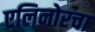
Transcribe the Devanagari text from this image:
एलिनोरचा